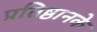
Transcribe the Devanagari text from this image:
प्रतिष्ठानके